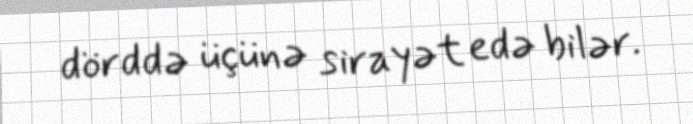
dörddə üçünə sirayət edə bilər.